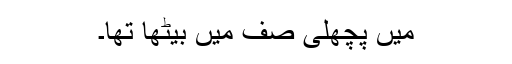
میں پچھلی صف میں بیٹھا تھا۔